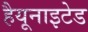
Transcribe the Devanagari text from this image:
हैयूनाइटेड